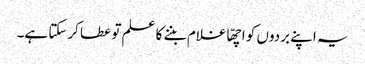
یہ اپنے بردوں کو اچھّا غلام بننے کا علم تو عطا کرسکتا ہے۔